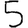
Digit: 5